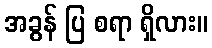
အခွန် ပြ စရာ ရှိလား။